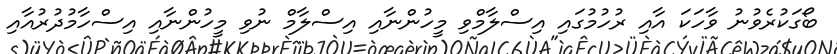
ބޯގަކުރެވުނު ވާހަކަ އާއި ރުހުމުގައި އިސްލާމްވި މީހުންނާއި އިސްލާމް ނުވި މީހުންނާއި އިސްހާމުދުރުއާއި